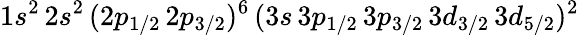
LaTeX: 1s^{2}\, 2s^{2}\, (2p_{1/2}\, 2p_{3/2})^{6}\, (3s\, 3p_{1/2}\, 3p_{3/2}\, 3d_{3/2}\, 3d_{5/2})^{2}